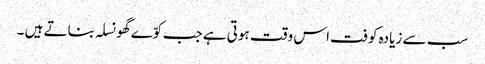
سب سے زیادہ کوفت اس وقت ہوتی ہے جب کوّے گھونسلہ بناتے ہیں ۔